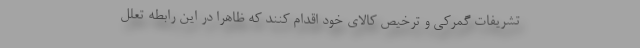
تشریفات گمرکی و ترخیص کالای خود اقدام کنند که ظاهرا در این رابطه تعلل